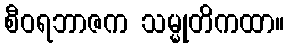
စီဝရဘာဇက သမ္မုတိကထာ။